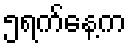
၅ရက်နေ့က